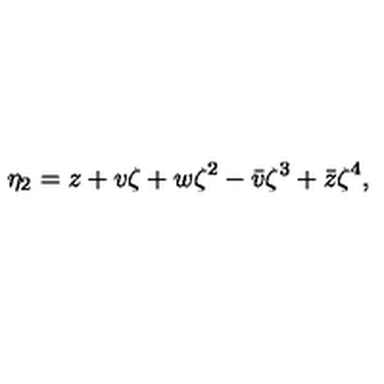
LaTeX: \eta _ { 2 } = z + v \zeta + w \zeta ^ { 2 } - \bar { v } \zeta ^ { 3 } + \bar { z } \zeta ^ { 4 } ,